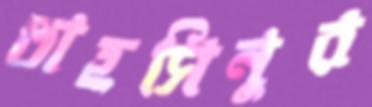
তাহসিনুর